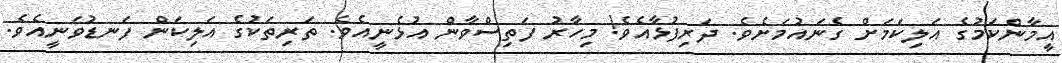
އީމާންކަމުގެ އަލިކަމަށް ގެނައުމަށެވެ. ދަރިފުޅާއެވެ! މިހާރު ފަތިސްވާން އުޅެނީއެވެ. ތަރިތަކުގެ އަލިކަން ފަނޑުވަނީއެވެ.